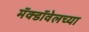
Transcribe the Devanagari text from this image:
मॅक्डॉवेलच्या